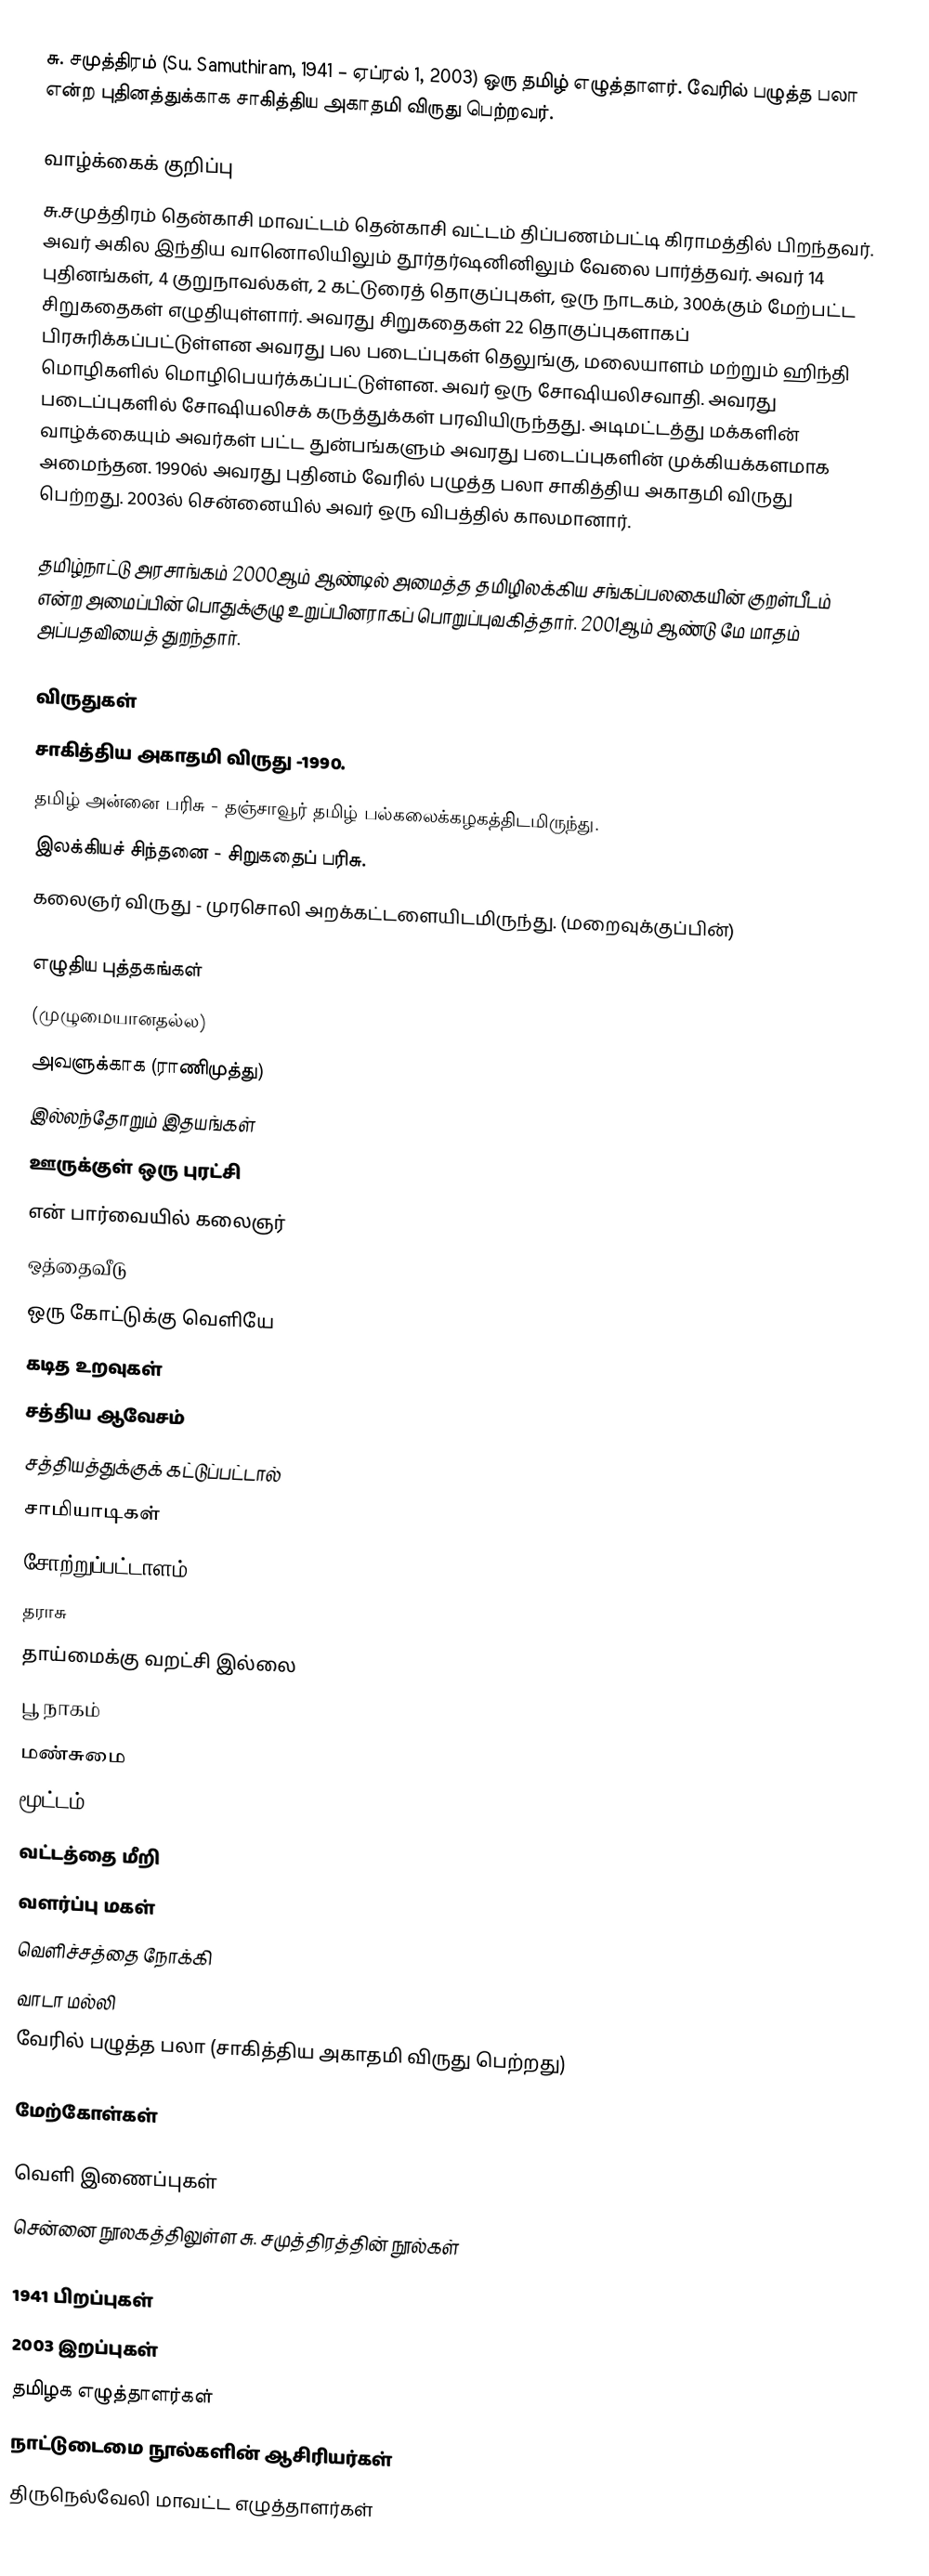
சு. சமுத்திரம் (Su. Samuthiram, 1941 – ஏப்ரல் 1, 2003)  ஒரு தமிழ் எழுத்தாளர். வேரில் பழுத்த பலா என்ற புதினத்துக்காக சாகித்திய அகாதமி விருது பெற்றவர்.

வாழ்க்கைக் குறிப்பு
சு.சமுத்திரம் தென்காசி மாவட்டம் தென்காசி வட்டம் திப்பணம்பட்டி கிராமத்தில் பிறந்தவர். அவர் அகில இந்திய வானொலியிலும் தூர்தர்ஷனினிலும் வேலை பார்த்தவர். அவர் 14 புதினங்கள், 4 குறுநாவல்கள், 2 கட்டுரைத் தொகுப்புகள், ஒரு நாடகம், 300க்கும் மேற்பட்ட சிறுகதைகள் எழுதியுள்ளார். அவரது சிறுகதைகள் 22 தொகுப்புகளாகப் பிரசுரிக்கப்பட்டுள்ளன அவரது பல படைப்புகள் தெலுங்கு, மலையாளம் மற்றும் ஹிந்தி மொழிகளில் மொழிபெயர்க்கப்பட்டுள்ளன. அவர் ஒரு சோஷியலிசவாதி. அவரது படைப்புகளில் சோஷியலிசக் கருத்துக்கள் பரவியிருந்தது. அடிமட்டத்து மக்களின் வாழ்க்கையும் அவர்கள் பட்ட துன்பங்களும்  அவரது படைப்புகளின் முக்கியக்களமாக அமைந்தன.  1990ல் அவரது புதினம் வேரில் பழுத்த பலா சாகித்திய அகாதமி விருது பெற்றது. 2003ல் சென்னையில் அவர் ஒரு விபத்தில் காலமானார்.

தமிழ்நாட்டு அரசாங்கம் 2000ஆம் ஆண்டில் அமைத்த தமிழிலக்கிய சங்கப்பலகையின் குறள்பீடம் என்ற அமைப்பின் பொதுக்குழு உறுப்பினராகப் பொறுப்புவகித்தார். 2001ஆம் ஆண்டு மே மாதம் அப்பதவியைத் துறந்தார்.

விருதுகள்
சாகித்திய அகாதமி விருது -1990.
தமிழ் அன்னை பரிசு - தஞ்சாவூர் தமிழ் பல்கலைக்கழகத்திடமிருந்து.
இலக்கியச் சிந்தனை - சிறுகதைப் பரிசு.
கலைஞர் விருது - முரசொலி அறக்கட்டளையிடமிருந்து. (மறைவுக்குப்பின்)

எழுதிய புத்தகங்கள்
(முழுமையானதல்ல)
 அவளுக்காக (ராணிமுத்து)
 இல்லந்தோறும் இதயங்கள்
 ஊருக்குள் ஒரு புரட்சி
 என் பார்வையில் கலைஞர்
 ஒத்தைவீடு
 ஒரு கோட்டுக்கு வெளியே
 கடித உறவுகள்
 சத்திய ஆவேசம்
 சத்தியத்துக்குக் கட்டுப்பட்டால்
 சாமியாடிகள்
 சோற்றுப்பட்டாளம்
 தராசு
 தாய்மைக்கு வறட்சி இல்லை
 பூ நாகம்
 மண்சுமை
 மூட்டம்
 வட்டத்தை மீறி
 வளர்ப்பு மகள்
 வெளிச்சத்தை நோக்கி
வாடா மல்லி
வேரில் பழுத்த பலா (சாகித்திய அகாதமி விருது பெற்றது)

மேற்கோள்கள்

வெளி இணைப்புகள்
சென்னை நூலகத்திலுள்ள சு. சமுத்திரத்தின் நூல்கள்

1941 பிறப்புகள்
2003 இறப்புகள்
தமிழக எழுத்தாளர்கள்
நாட்டுடைமை நூல்களின் ஆசிரியர்கள்
திருநெல்வேலி மாவட்ட எழுத்தாளர்கள்